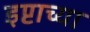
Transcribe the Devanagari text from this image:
इप्टाच्या